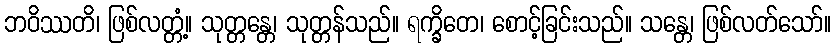
ဘဝိဿတိ၊ ဖြစ်လတ္တံ့။ သုတ္တန္တေ၊ သုတ္တန်သည်။ ရက္ခိတေ၊ စောင့်ခြင်းသည်။ သန္တေ၊ ဖြစ်လတ်သော်။